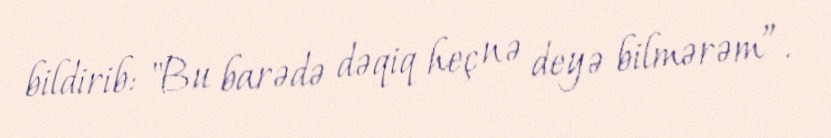
bildirib: "Bu barədə dəqiq heç nə deyə bilmərəm”.